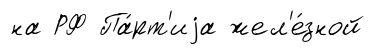
на РФ Па́рт'иjа жел'е́зной